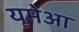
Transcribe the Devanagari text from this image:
यूमेआ